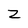
Character: Z